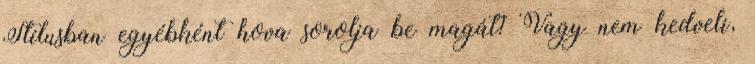
Stílusban egyébként hova sorolja be magát? Vagy nem kedveli,